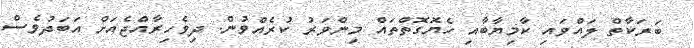
ބަރަކާތް ލައްވައި ކާމިޔާބާއި ހެޔޮގޮތްތައް މިންވަރު ކުރެއްވުން. ދިވެހިރާއްޖެއަށް އަބަދުވެސް